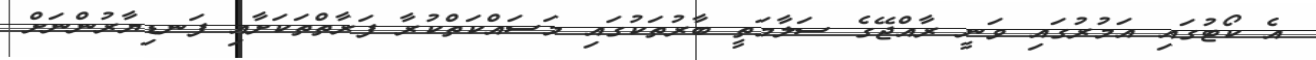
އެ ކޯޓުގައި އަމުރުގައި ވަނީ ރާއްޖޭގެ ސަލާމަތީ ބާރުތަކުގައި މަސައްކަތްކުރާ ފަރާތްތަކަށާއި ފަނޑިޔާރުންނަށް